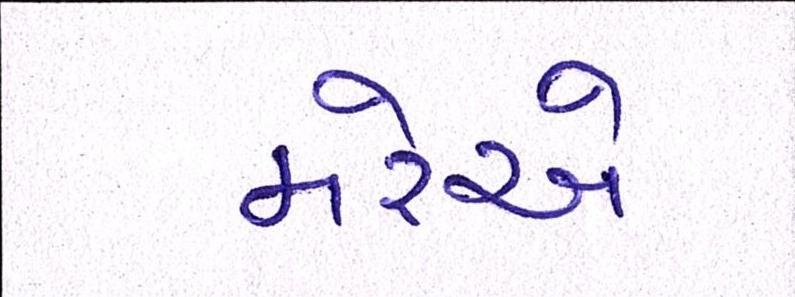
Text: મરેએ